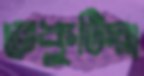
ভেকুটিয়া